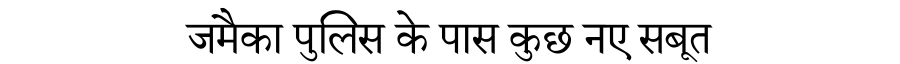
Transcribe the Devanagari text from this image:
जमैका पुलिस के पास कुछ नए सबूत